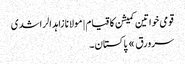
قومی خواتین کمیشن کا قیام | مولانا زاہد الراشدی
سرورق » پاکستان ۔